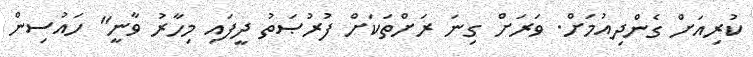
ކުރިއަށް ގެންދިއުމަށް. ވަރަށް ގިނަ ރަށްތަކަށް ފުރުޞަތު ދީފައި މިހާރު ވާނީ" ހައުސިން